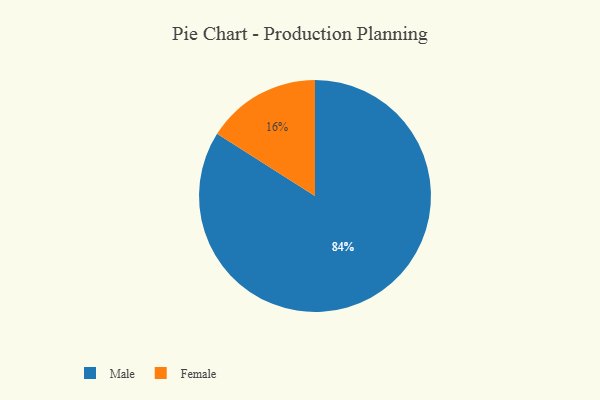
{"axis": {"x": "Category", "y": "Percentage"}, "legend": ["Female", "Male"], "data": [{"x": "Female", "y": 16, "type": "Female"}, {"x": "Male", "y": 84, "type": "Male"}]}